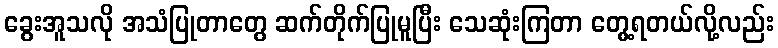
ခွေးအူသလို အသံပြုတာတွေ ဆက်တိုက်ပြုမူပြီး သေဆုံးကြတာ တွေ့ရတယ်လို့လည်း